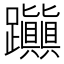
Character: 𨈃